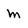
Character: m